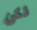
لكن